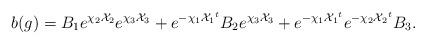
LaTeX: \begin{align*}b(g) = B_1 e^{\chi_2{\cal X}_2} e^{\chi_3{\cal X}_3} + e^{-\chi_1{{\cal X}_1}^t} B_2 e^{\chi_3{\cal X}_3} + e^{-\chi_1{{\cal X}_1}^t} e^{-\chi_2{{\cal X}_2}^t} B_3.\end{align*}